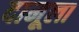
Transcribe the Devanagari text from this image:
दामूला